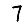
Digit: 7